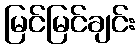
မြင်မြင်ချင်း